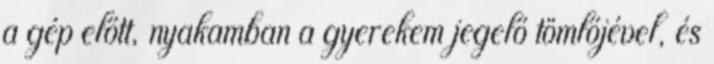
a gép előtt, nyakamban a gyerekem jegelő tömlőjével, és